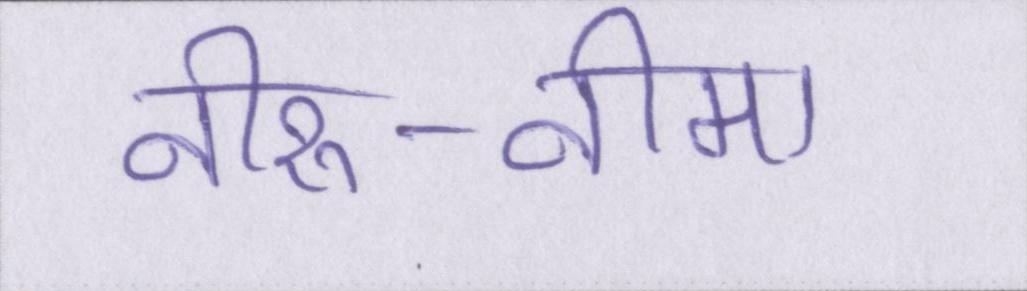
नीरु-नीमा